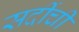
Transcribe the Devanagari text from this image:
सर्दीची